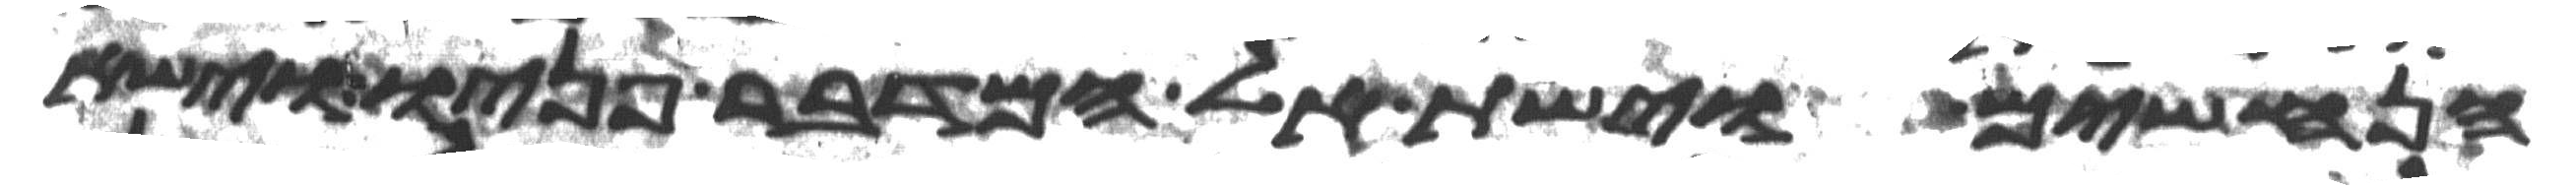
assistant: הנחשים וישת אל המדבר פניו וישא